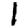
Digit: 1